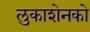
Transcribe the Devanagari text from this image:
लुकाशेनको